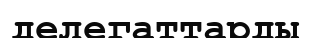
делегаттарды